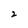
Character: 2